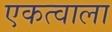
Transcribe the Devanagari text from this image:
एकत्वाला